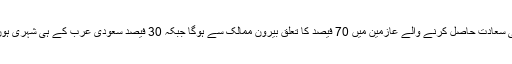
حج کی سعادت حاصل کرنے والے عازمین میں 70 فیصد کا تعلق بیرون ممالک سے ہوگا جبکہ 30 فیصد سعودی عرب کے ہی شہری ہوں گے۔